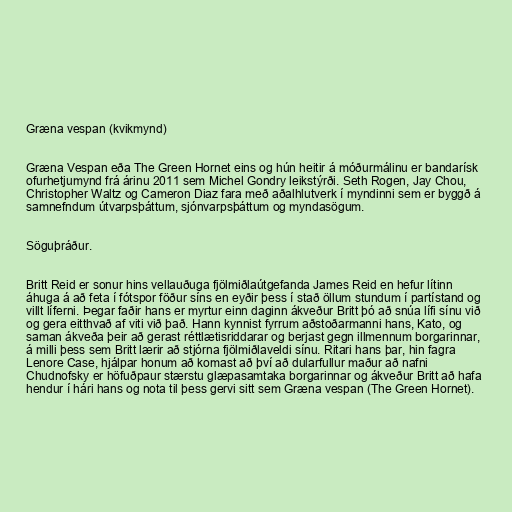
Græna vespan (kvikmynd)

Græna Vespan eða The Green Hornet eins og hún heitir á móðurmálinu er bandarísk
ofurhetjumynd frá árinu 2011 sem Michel Gondry leikstýrði. Seth Rogen, Jay Chou,
Christopher Waltz og Cameron Diaz fara með aðalhlutverk í myndinni sem er byggð á
samnefndum útvarpsþáttum, sjónvarpsþáttum og myndasögum.

Söguþráður.

Britt Reid er sonur hins vellauðuga fjölmiðlaútgefanda James Reid en hefur lítinn
áhuga á að feta í fótspor föður síns en eyðir þess í stað öllum stundum í partístand og
villt líferni. Þegar faðir hans er myrtur einn daginn ákveður Britt þó að snúa lífi sínu við
og gera eitthvað af viti við það. Hann kynnist fyrrum aðstoðarmanni hans, Kato, og
saman ákveða þeir að gerast réttlætisriddarar og berjast gegn illmennum borgarinnar,
á milli þess sem Britt lærir að stjórna fjölmiðlaveldi sínu. Ritari hans þar, hin fagra
Lenore Case, hjálpar honum að komast að því að dularfullur maður að nafni
Chudnofsky er höfuðpaur stærstu glæpasamtaka borgarinnar og ákveður Britt að hafa
hendur í hári hans og nota til þess gervi sitt sem Græna vespan (The Green Hornet).